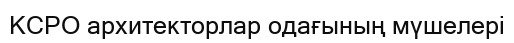
КСРО архитекторлар одағының мүшелері